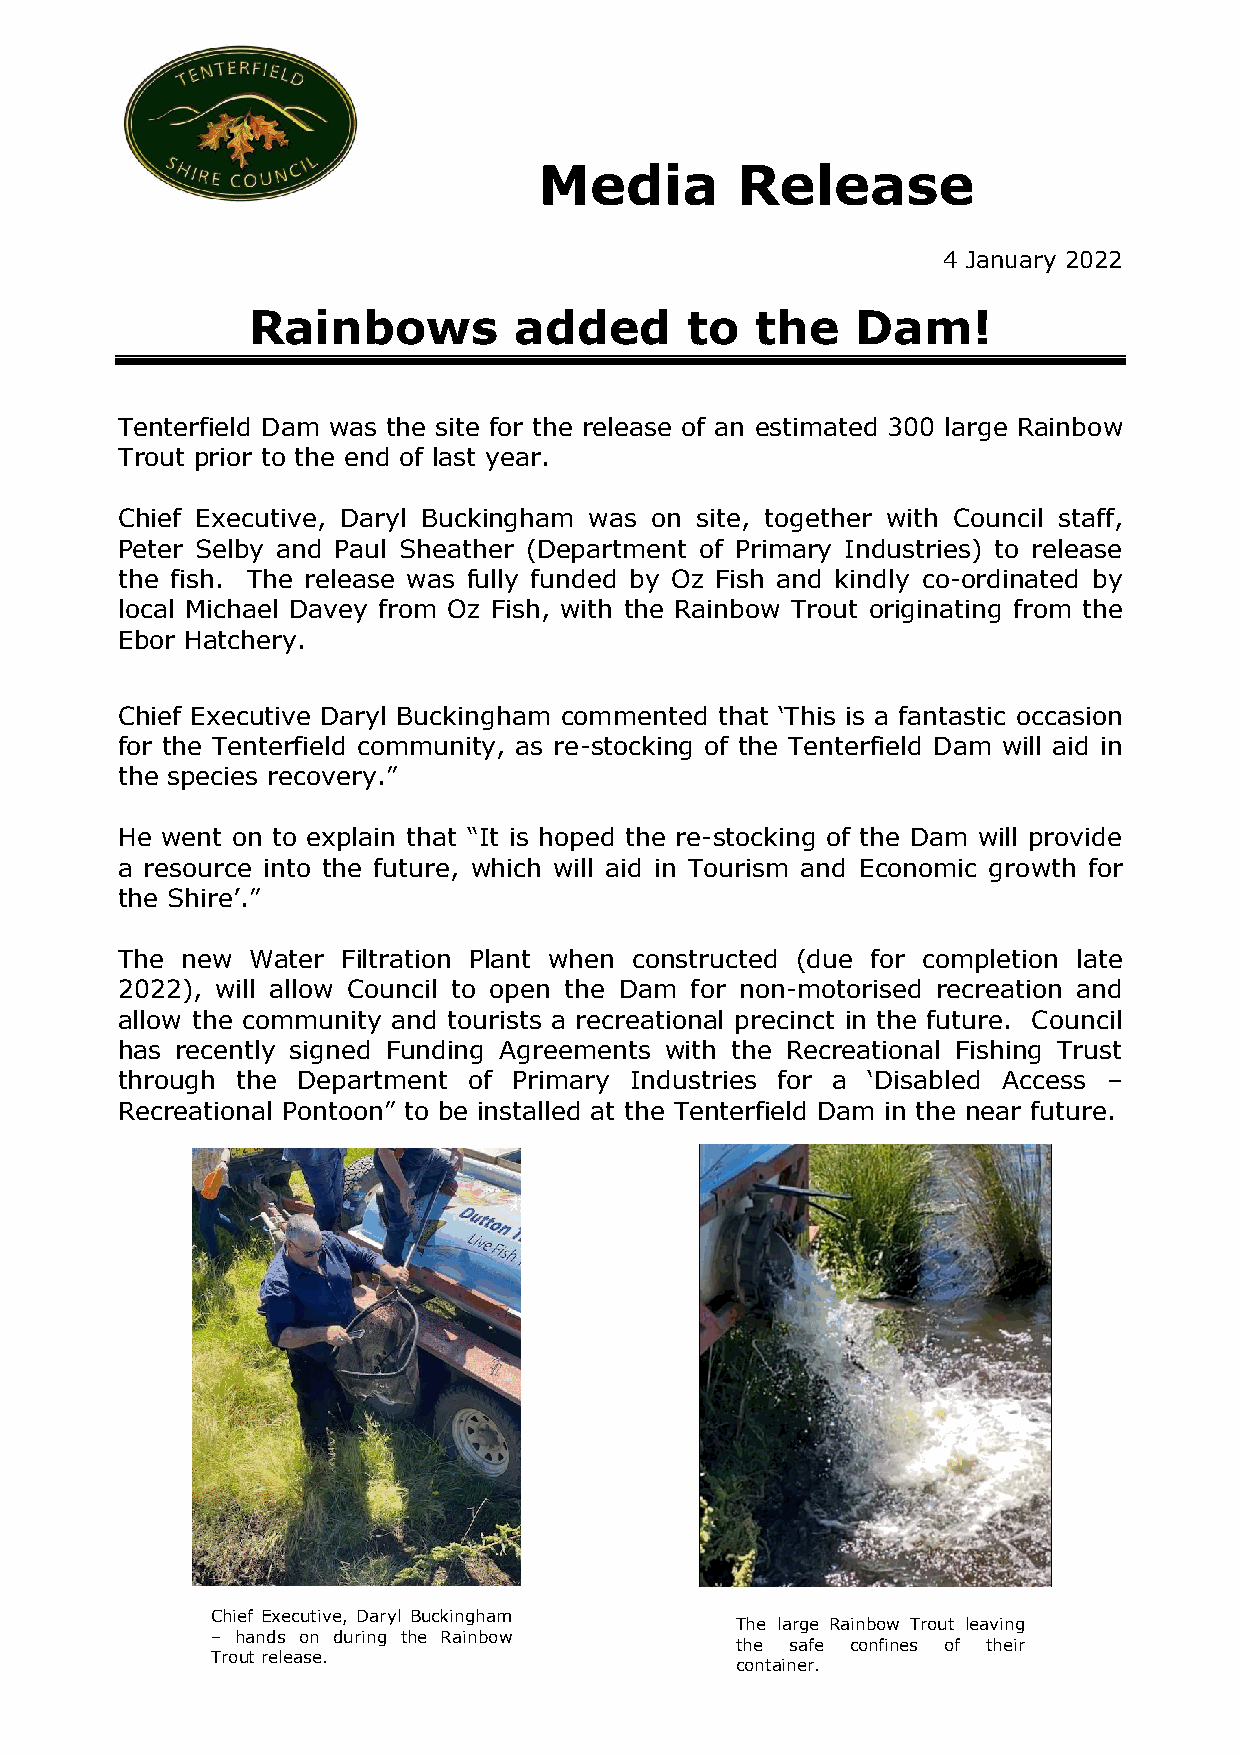
Media        Release
 4 January 2022
 Rainbows          added       to  the    Dam!
 Tenterfield Dam was the site for the release of an estimated 300 large Rainbow
 Trout prior to the end of last year.
 Chief Executive, Daryl Buckingham was on site, together with Council staff,
 Peter Selby and Paul Sheather (Department of Primary Industries) to release
 the fish. The release was fully funded by Oz Fish and kindly co-ordinated by
 local Michael Davey from Oz Fish, with the Rainbow Trout originating from the
 Ebor Hatchery.
 Chief Executive Daryl Buckingham commented that ‘This is a fantastic occasion
 for the Tenterfield community, as re-stocking of the Tenterfield Dam will aid in
 the species recovery.”
 He went on to explain that “It is hoped the re-stocking of the Dam will provide
 a resource into the future, which will aid in Tourism and Economic growth for
 the Shire’.”
 The new Water  Filtration Plant when constructed (due for completion late
 2022), will allow Council to open the Dam for non-motorised recreation and
 allow the community and tourists a recreational precinct in the future. Council
 has recently signed Funding Agreements with the Recreational Fishing Trust
 through the Department of Primary Industries for a ‘Disabled Access –
 Recreational Pontoon” to be installed at the Tenterfield Dam in the near future.
 Chief Executive, Daryl Buckingham
 The large Rainbow Trout leaving
 – hands on during the Rainbow
 the safe confines of their
 Trout release.
 container.